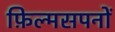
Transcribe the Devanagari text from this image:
फ़िल्मसपनों